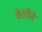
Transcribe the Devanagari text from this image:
केलीने